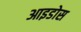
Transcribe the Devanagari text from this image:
आइडोस